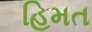
હિમત